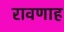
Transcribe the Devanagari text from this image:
रावणाह